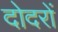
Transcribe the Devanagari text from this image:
दोदरों